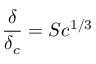
{ \frac { \delta } { \delta _ { c } } } = S c ^ { 1 / 3 }